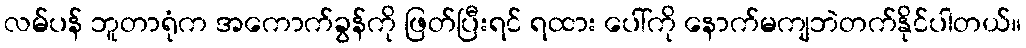
လမ်ပန် ဘူတာရုံက အကောက်ခွန်ကို ဖြတ်ပြီးရင် ရထား ပေါ်ကို နောက်မကျဘဲတက်နိုင်ပါတယ်။